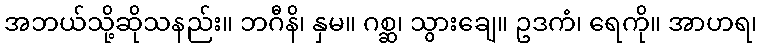
အဘယ်သို့ဆိုသနည်း။ ဘဂီနိ၊ နှမ။ ဂစ္ဆ၊ သွားချေ။ ဥဒကံ၊ ရေကို။ အာဟရ၊